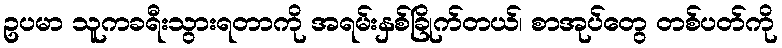
ဥပမာ သူကခရီးသွားရတာကို အရမ်းနှစ်ခြိုက်တယ်၊ စာအုပ်တွေ တစ်ပတ်ကို